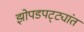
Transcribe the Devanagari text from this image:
झोपडपट्ट्यांत